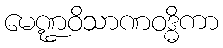
မေဏ္ဍဝိသာဏဝဒ္ဓိကာ